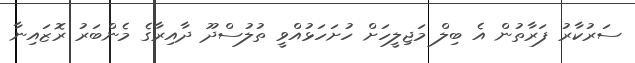
ސަރުކާރު ފަރާތުން އެ ބިލް މަޖިލީހަށް ހުށަހަޅުއްވީ ތުލުސްދޫ ދާއިރާގެ މެންބަރު ރޮޒައިނާ